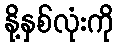
နို့နှစ်လုံးကို